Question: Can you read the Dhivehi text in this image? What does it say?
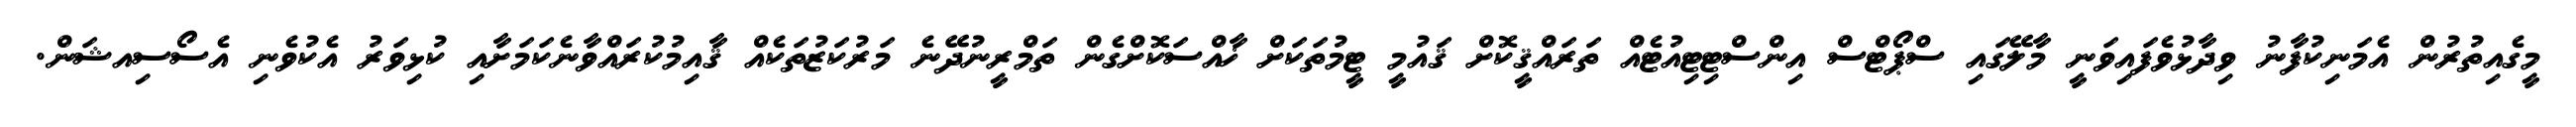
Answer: މީގެއިތުރުން އެމަނިކުފާނު ވިދާޅުވެފައިވަނީ މާލޭގައި ސްޕޯޓްސް އިންސްޓިޓިއުޓެއް ތަރައްޤީކޮށް ޤައުމީ ޓީމުތަކަށް ޚާއްސަކޮށްގެން ތަމްރީނުދޭނެ މަރުކަޒުތަކެއް ޤާއިމުކުރައްވާނެކަމަށާއި ކުޅިވަރު އެކުވެނި އެސޯސިއޝަން.